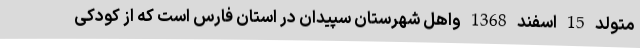
متولد 15 اسفند 1368 واهل شهرستان سپیدان در استان فارس است که از کودکی